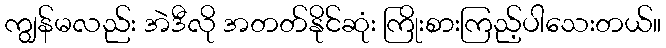
ကျွန်မလည်း အဲဒီလို အတတ်နိုင်ဆုံး ကြိုးစားကြည့်ပါသေးတယ်။